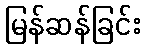
မြန်ဆန်ခြင်း